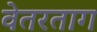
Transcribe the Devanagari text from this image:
वेतरताग